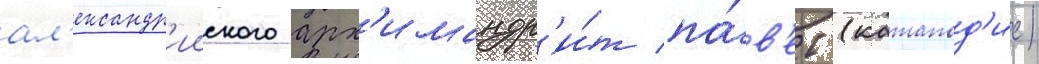
ал'ександр'ииского арх'имандр'и́т па́в'ел (катапод'ис)